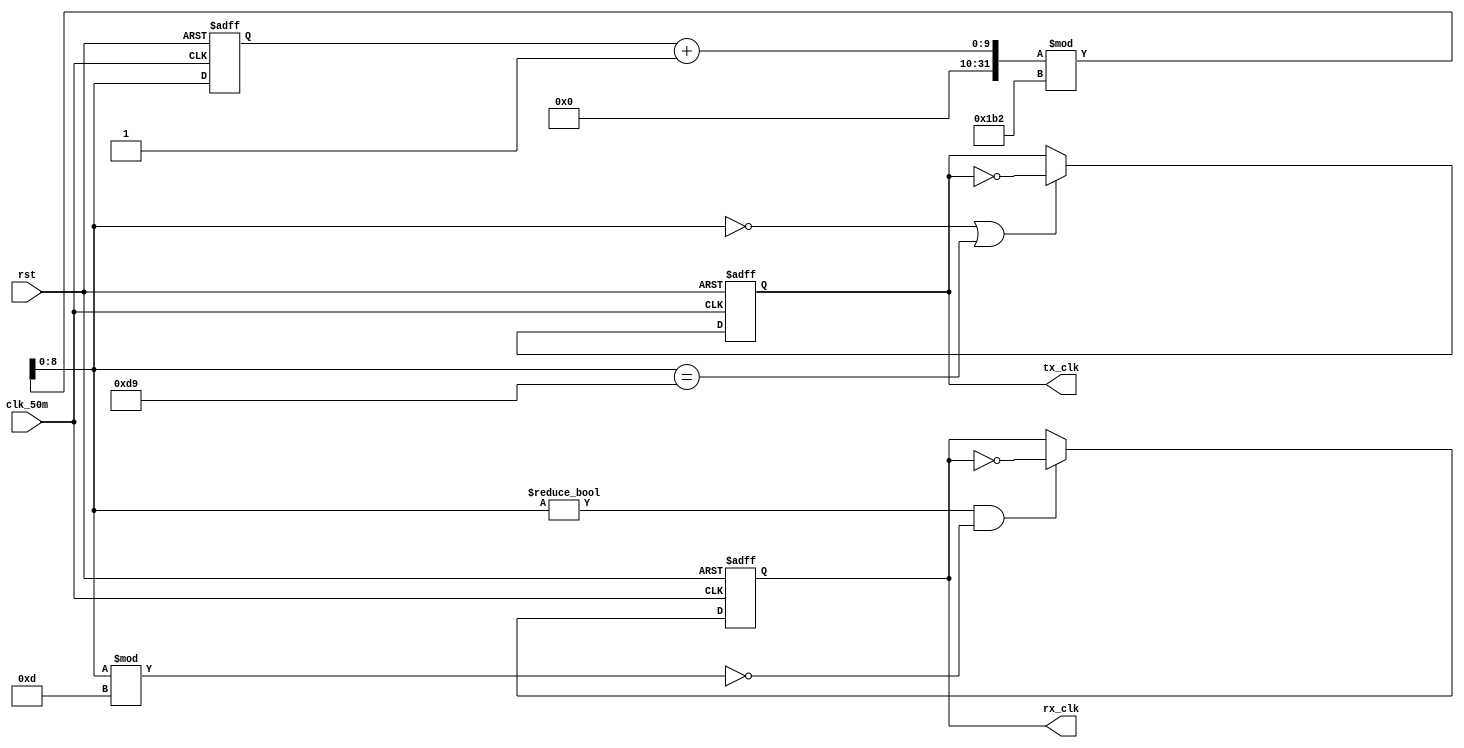
module uart_clk(tx_clk, rx_clk, rst, clk_50m);
	output reg tx_clk, rx_clk;
	input rst, clk_50m;

	parameter CLKS_PER_BIT = 434; /* (1./115200)/(1./50/1000/1000) */

	reg [8:0] cnt;

	always @(posedge clk_50m or posedge rst) begin
		if (rst) begin
			cnt <= 0;
			tx_clk <= 1;
			rx_clk <= 1;

		end else begin
			cnt = (cnt + 1) % CLKS_PER_BIT;

			if ((cnt == 0) | (cnt == CLKS_PER_BIT/2)) tx_clk <= ~tx_clk;

			/* 16x oversampling */
			if (cnt != 0 && cnt % (CLKS_PER_BIT/32) == 0) rx_clk <= ~rx_clk;
		end
	end
endmodule